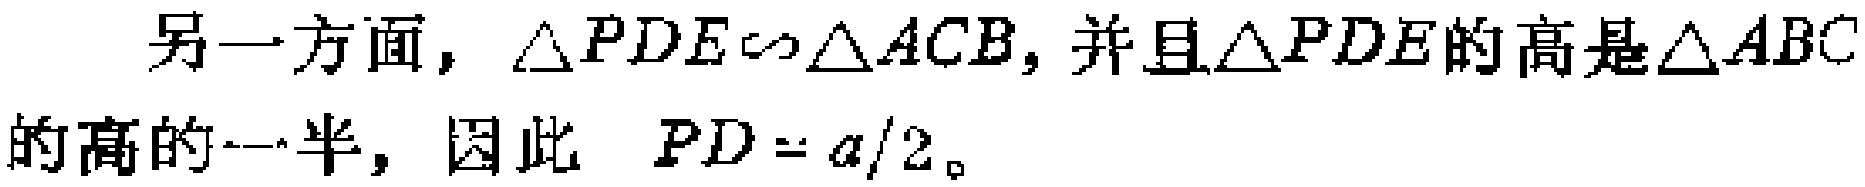
另一方面，$\triangle PDE\sim\triangle ACB$, 并且$\triangle PDE$的高是$\triangle ABC$的高的一半，因此 $PD = a/2$。